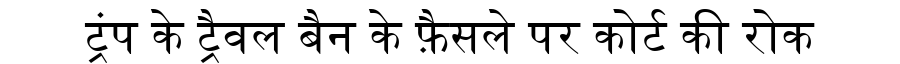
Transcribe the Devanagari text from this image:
ट्रंप के ट्रैवल बैन के फ़ैसले पर कोर्ट की रोक